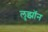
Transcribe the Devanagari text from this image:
लुझॉन